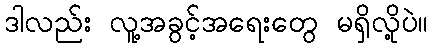
ဒါလည်း လူ့အခွင့်အရေးတွေ မရှိလို့ပဲ။